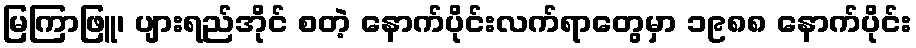
မြကြာဖြူ၊ ပျားရည်အိုင် စတဲ့ နောက်ပိုင်းလက်ရာတွေမှာ ၁၉၈၈ နောက်ပိုင်း